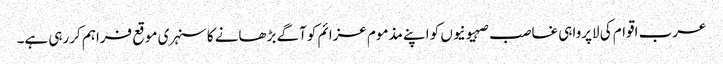
عرب اقوام کی لاپرواہی غاصب صہیونیوں کو اپنے مذموم عزائم کوآگے بڑھانے کا سنہری موقع فراہم کررہی ہے۔